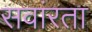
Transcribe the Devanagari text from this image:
सवांरता